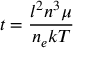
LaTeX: t = { \frac { l ^ { 2 } n ^ { 3 } \mu } { n _ { e } k T } }